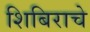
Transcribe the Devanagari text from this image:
शिबिराचे